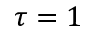
\tau = 1